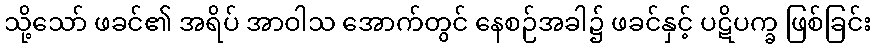
သို့သော် ဖခင်၏ အရိပ် အာဝါသ အောက်တွင် နေစဉ်အခါ၌ ဖခင်နှင့် ပဋိပက္ခ ဖြစ်ခြင်း